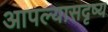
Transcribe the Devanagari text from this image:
आपल्यासदृष्य